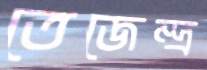
তেজেন্দ্র